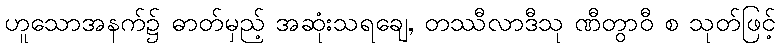
ဟူသောအနက်၌ ဓာတ်မှည့် အဆုံးသရချေ, တဿီလာဒီသု ဏီတွာဝီ စ သုတ်ဖြင့်